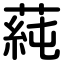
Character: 蒓